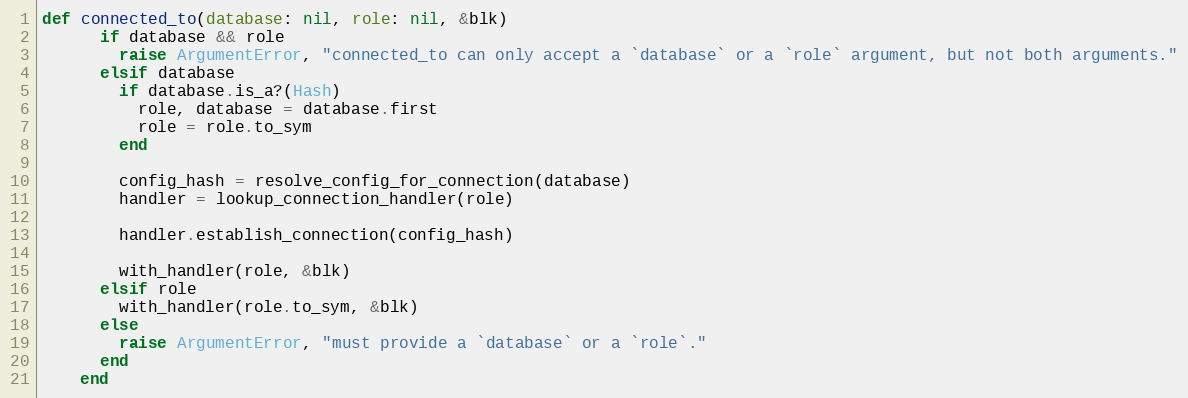
Language: Ruby
def connected_to(database: nil, role: nil, &blk)
      if database && role
        raise ArgumentError, "connected_to can only accept a `database` or a `role` argument, but not both arguments."
      elsif database
        if database.is_a?(Hash)
          role, database = database.first
          role = role.to_sym
        end

        config_hash = resolve_config_for_connection(database)
        handler = lookup_connection_handler(role)

        handler.establish_connection(config_hash)

        with_handler(role, &blk)
      elsif role
        with_handler(role.to_sym, &blk)
      else
        raise ArgumentError, "must provide a `database` or a `role`."
      end
    end